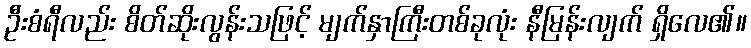
ဦးစံရီလည်း စိတ်ဆိုးလွန်းသဖြင့် မျက်နှာကြီးတစ်ခုလုံး နီမြန်းလျက် ရှိလေ၏။